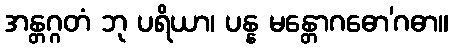
အန္တဂ္ဂတံ ဘု ပရိယာ၊ ပန္န မန္တောဂဓော’ဂဓာ။